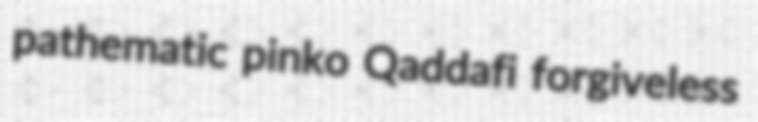
pathematic pinko Qaddafi forgiveless